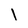
Character: l